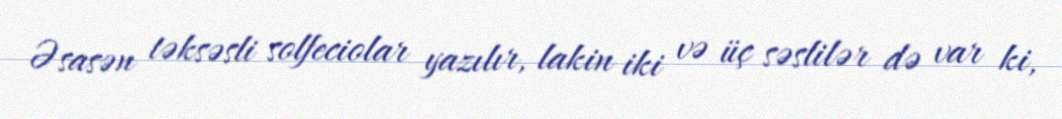
Əsasən təksəsli solfeciolar yazılır, lakin iki və üç səslilər də var ki,